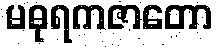
မဓုရကဇာတော